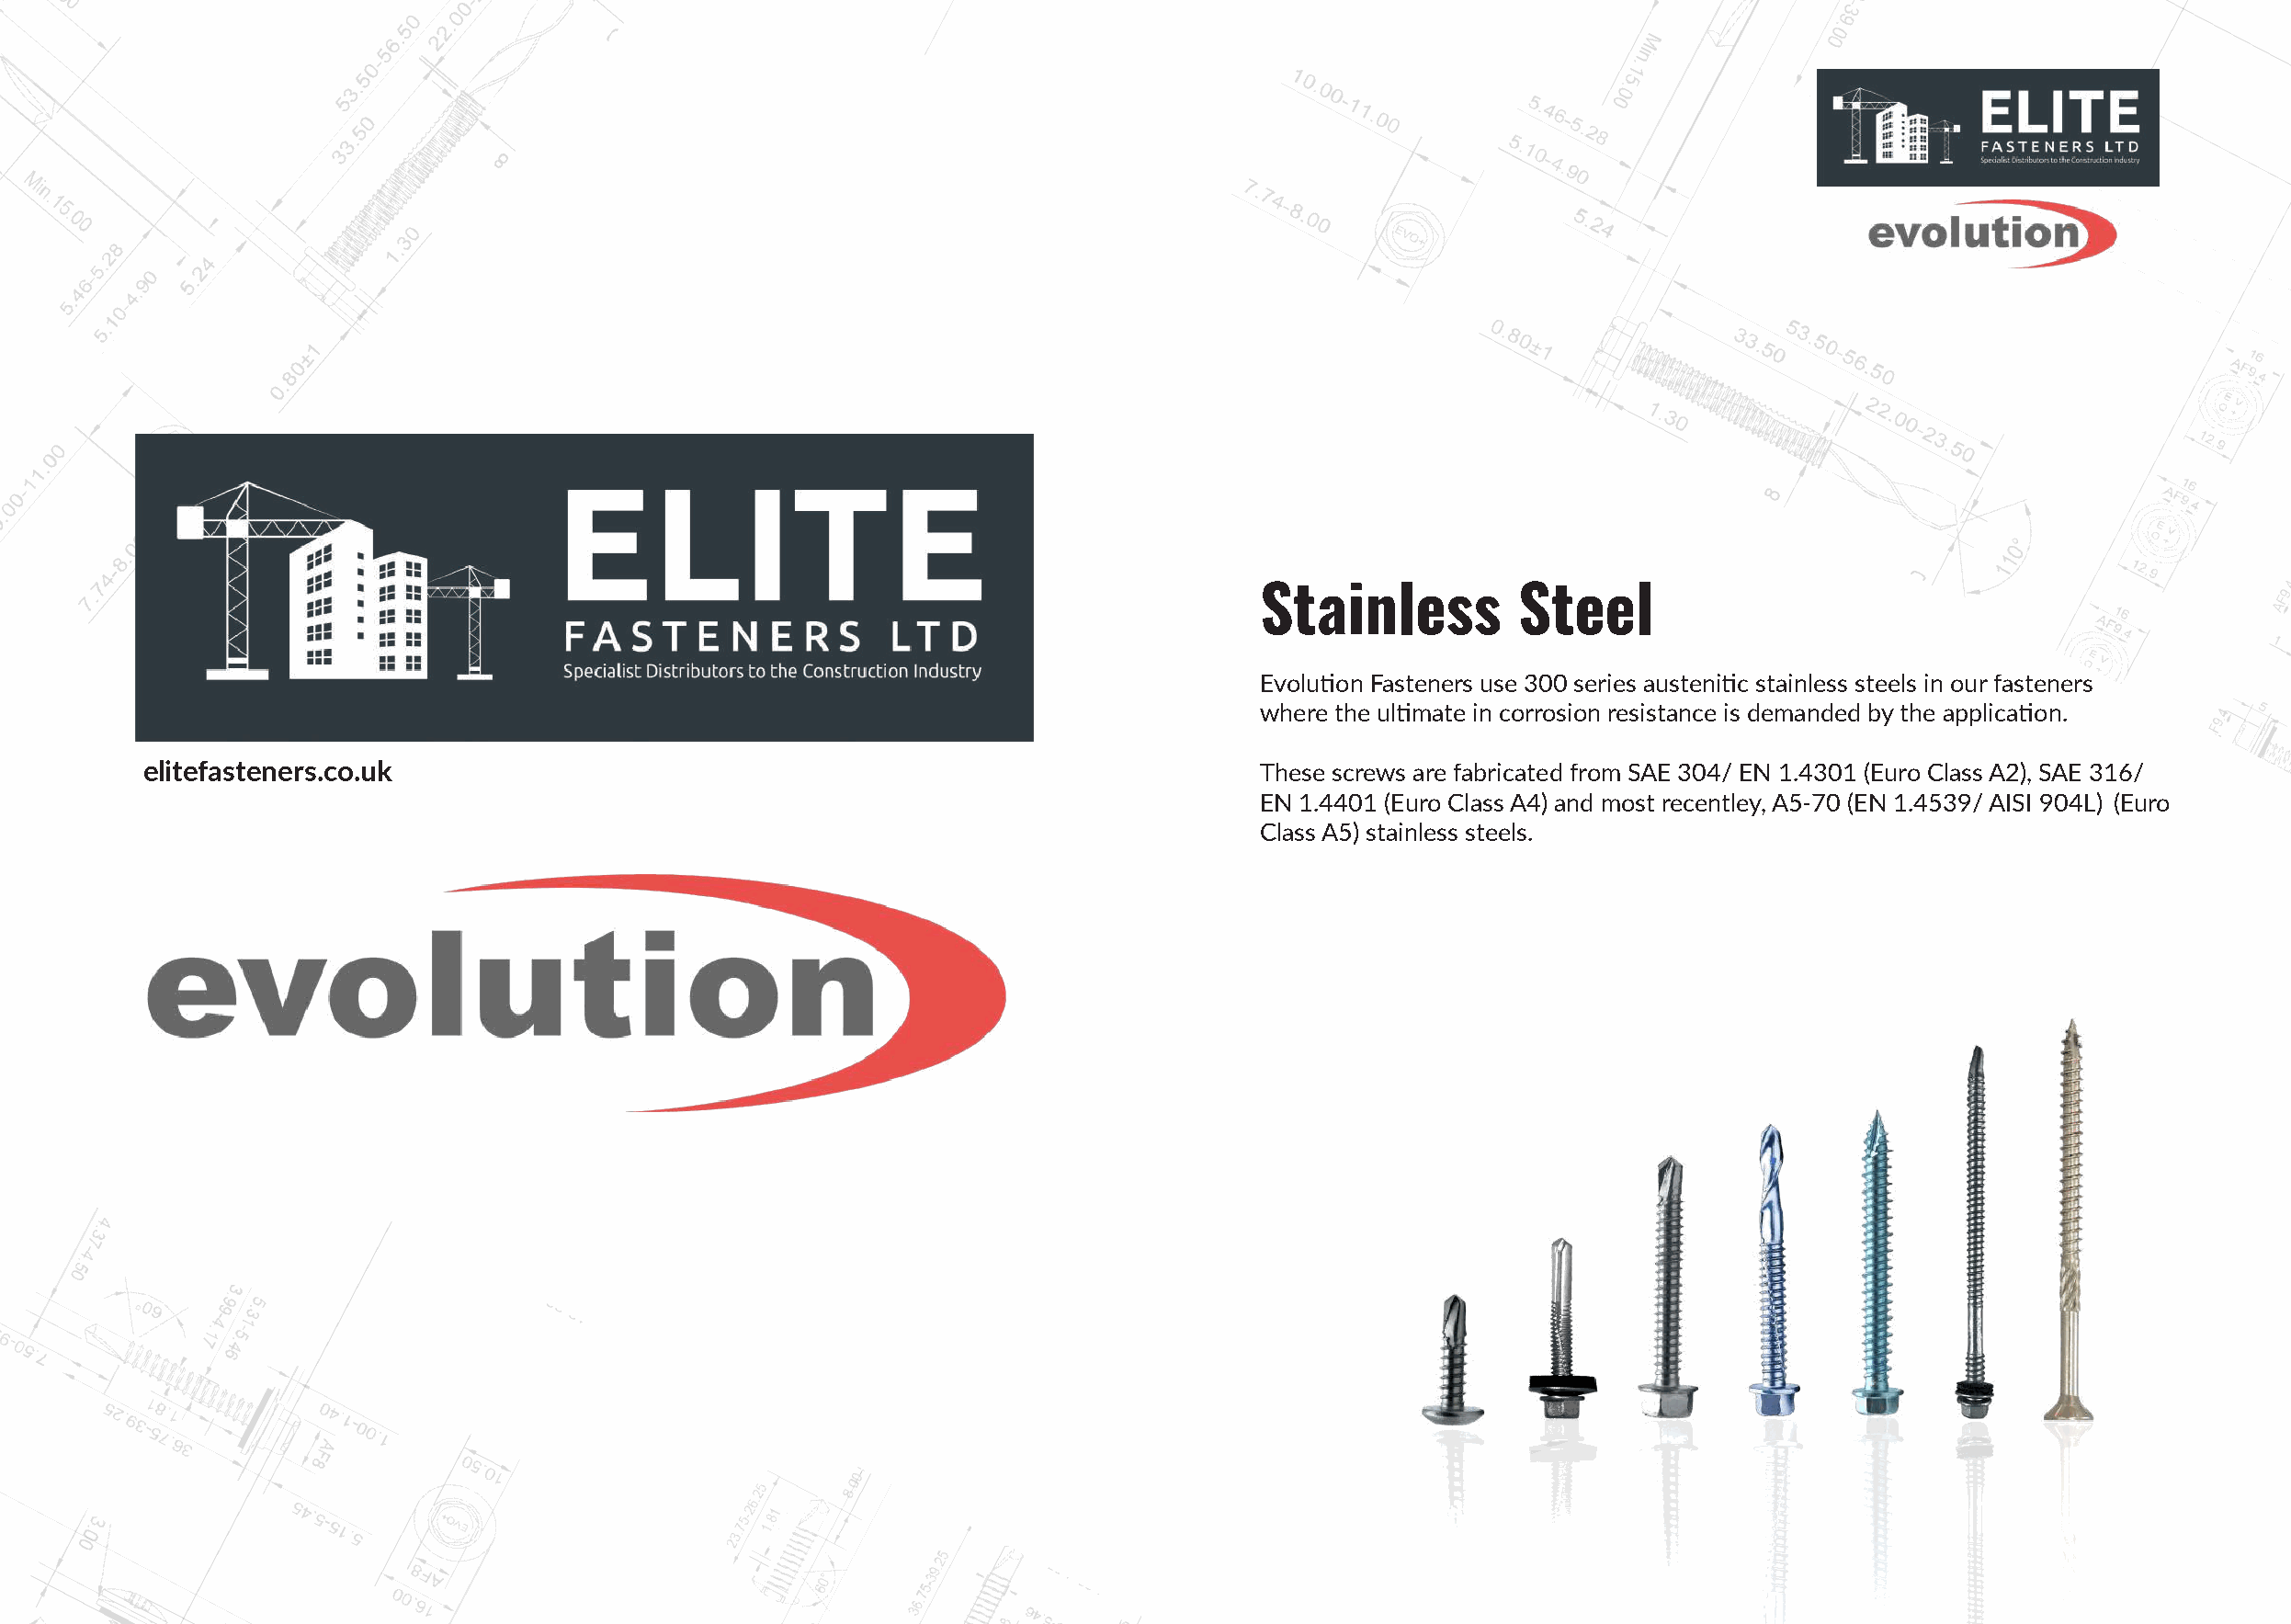
Stainless         Steel
 Evolution Fasteners use 300 series austenitic stainless steels in our fasteners
 where the ultimate in corrosion resistance is demanded by the application.
 elitefasteners.co.uk                                                             These screws are fabricated from SAE 304/ EN 1.4301 (Euro Class A2), SAE 316/
 EN 1.4401 (Euro Class A4) and most recentley, A5-70 (EN 1.4539/ AISI 904L) (Euro
 Class A5) stainless steels.